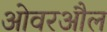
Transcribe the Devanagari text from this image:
ओवरऔल